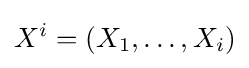
X^{i}=(X_{1},\ldots ,X_{i})